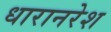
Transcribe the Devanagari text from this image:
धारानरेश